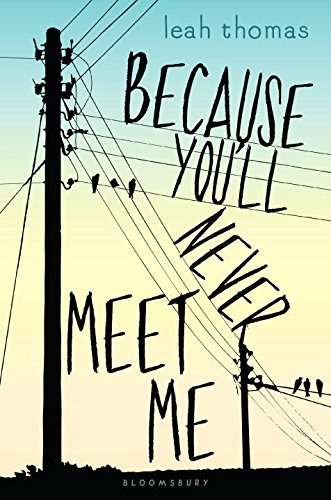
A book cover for Because You'll Never Meet Me; Leah Thomas; Health, Fitness & Dieting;